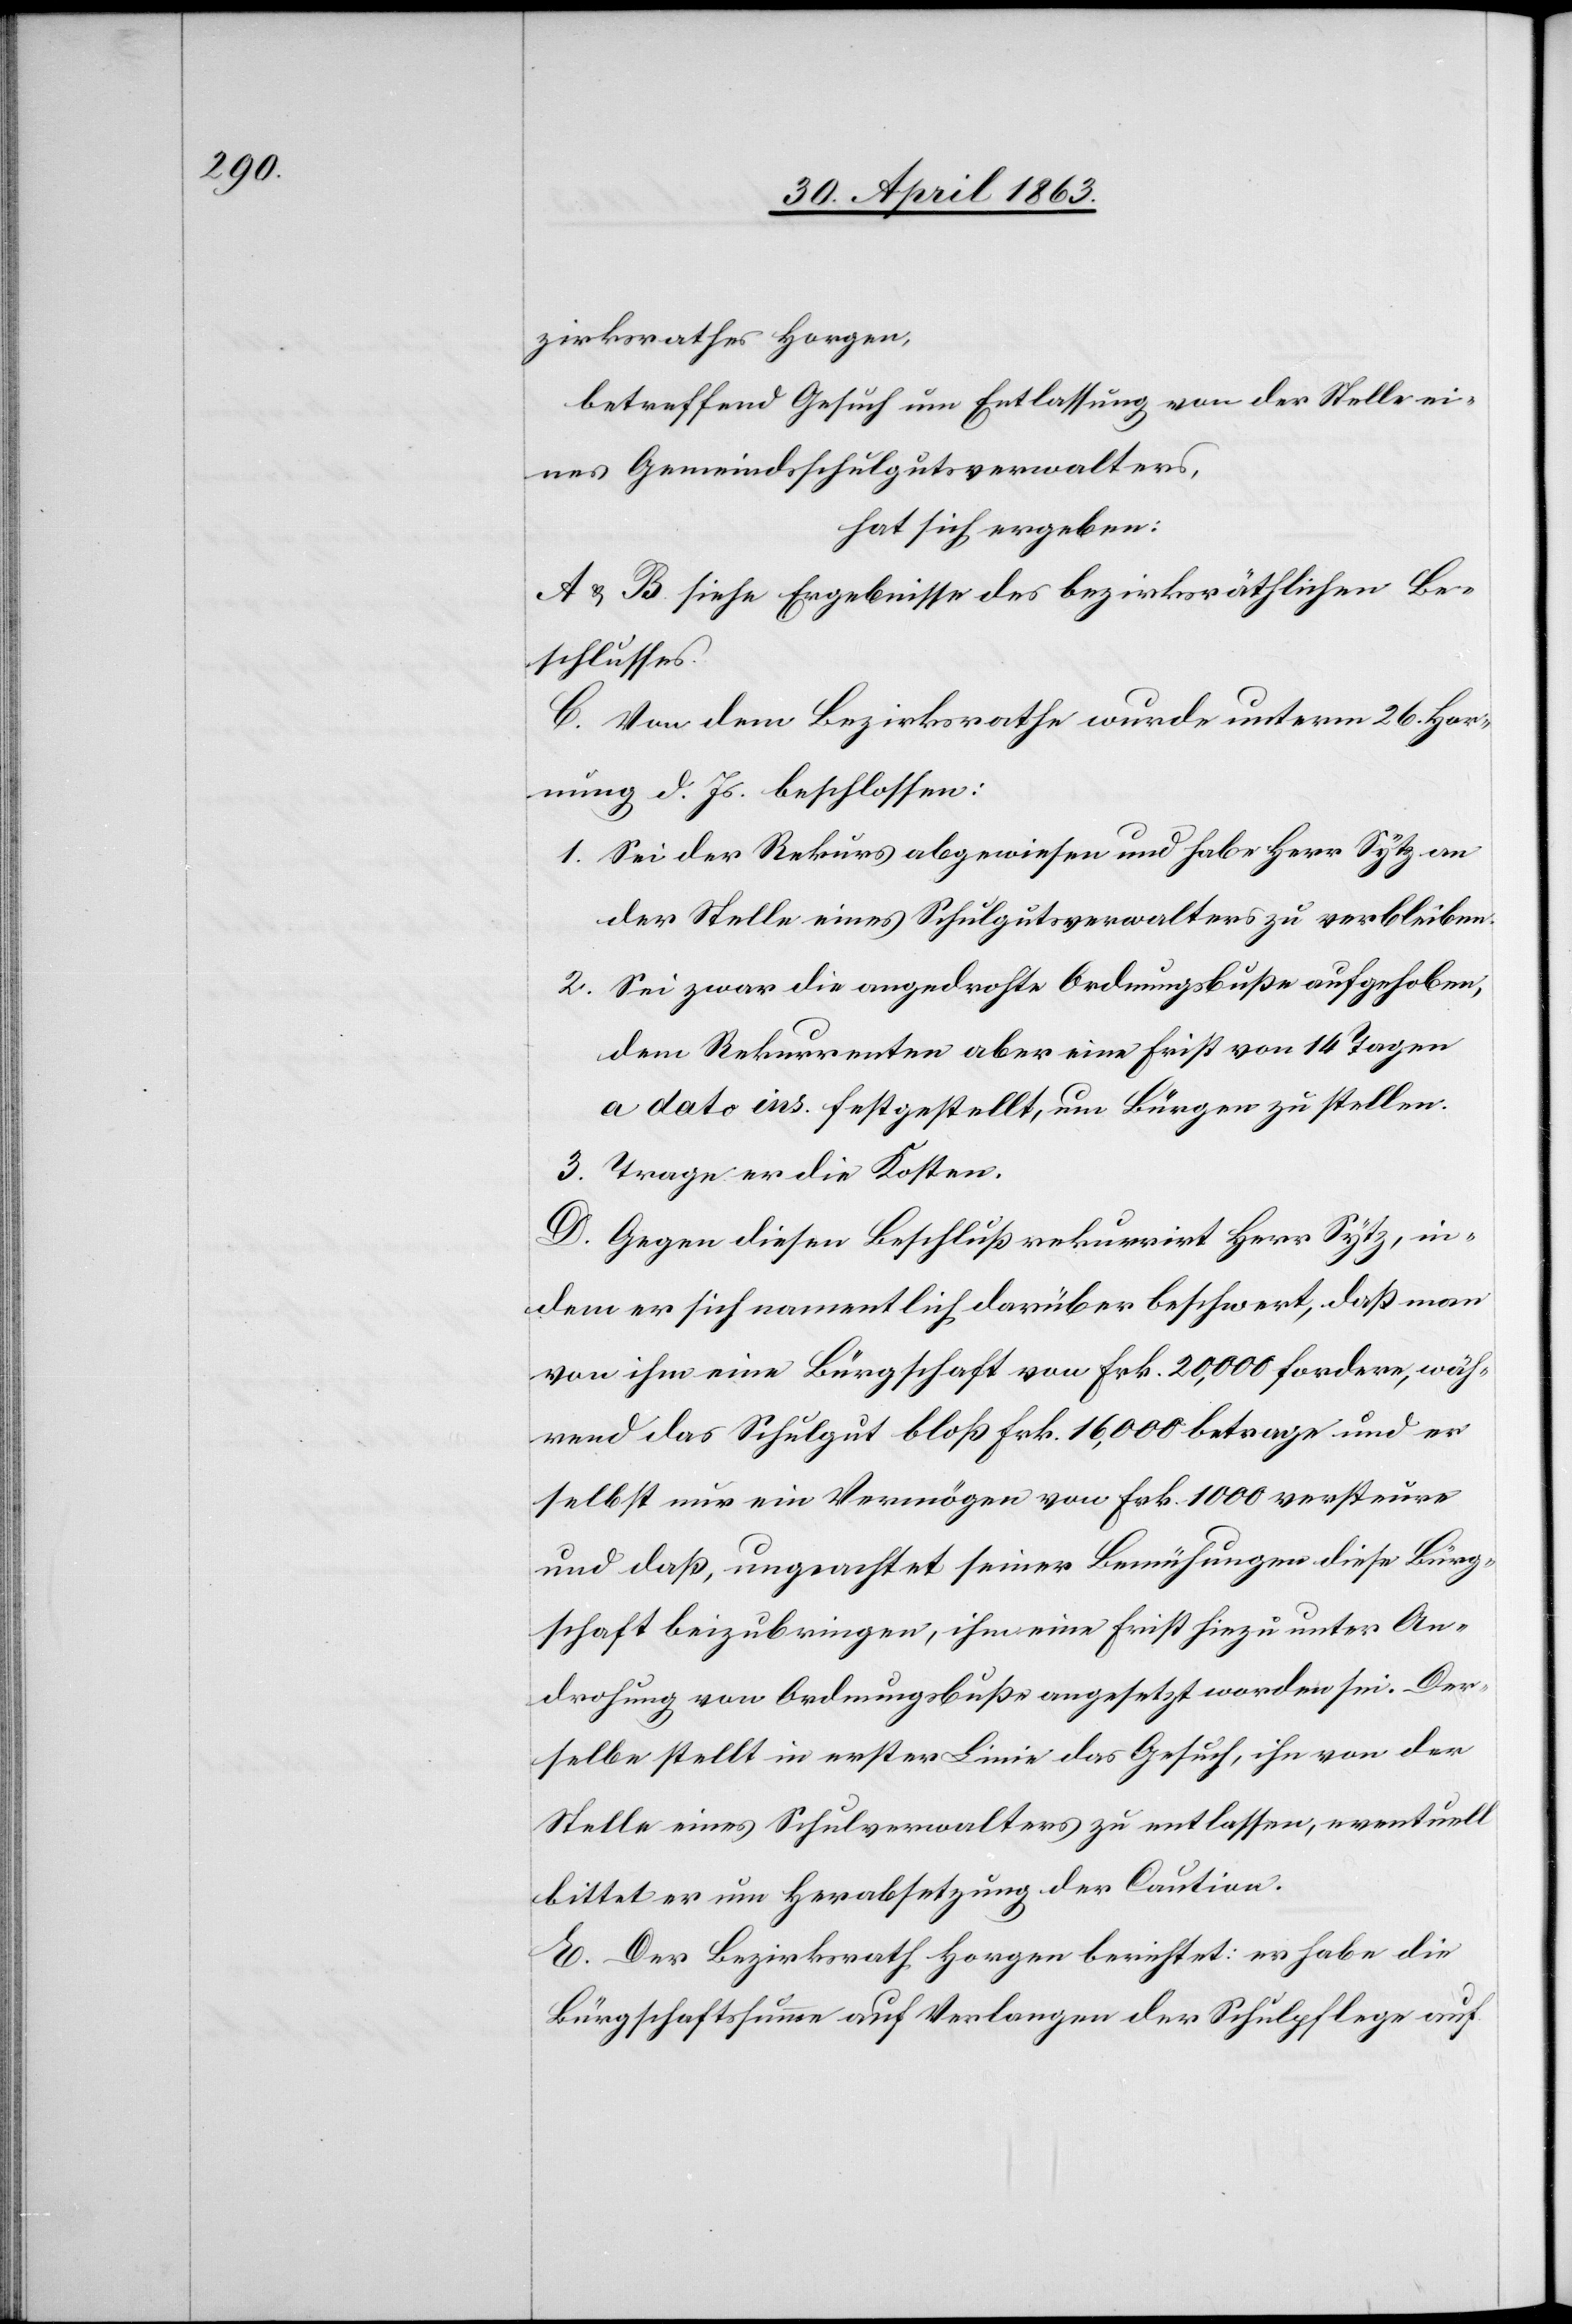
zirksrathes Horgen,
betreffend Gesuch um Entlassung von der Stelle ei¬
nes Gemeindsschulgutsverwalters,
hat sich ergeben:
A & B. siehe Ergebnisse des bezirksräthlichen Be¬
schlusses.
C. Von dem Bezirksrathe wurde unterm 26. Hor¬
nung d. Js. beschlossen:
1. Sei der Rekurs abgewiesen und habe Herr Sytz an
der Stelle eines Schulgutsverwalters zu verbleiben.
2. Sei zwar die angedrohte Ordnungsbuße aufgehoben,
dem Rekurrenten aber eine Frist von 14 Tagen
a dato ins. festgestellt, um Bürgen zu stellen.
3. Trage er die Kosten.
D. Gegen diesen Beschluß rekurrirt Herr Sytz, in¬
dem er sich namentlich darüber beschwert, daß man
von ihm eine Bürgschaft von Frk. 20,000 fordere, wäh¬
rend das Schulgut bloß Frk. 16,000 betrage und er
selbst nur ein Vermögen von Frk. 1000 versteure
und daß, ungeachtet seiner Bemühungen diese Bürg¬
schaft beizubringen, ihm eine Frist hiezu unter An¬
drohung von Ordnungsbuße angesetzt worden sei. Der¬
selbe stellt in erster Linie das Gesuch, ihn von der
Stelle eines Schulverwalters zu entlassen, eventuell
bittet er um Herabsetzung der Caution.
E. Der Bezirksrath Horgen berichtet: er habe die
Bürgschaftssumme auf Verlangen der Schulpflege auf